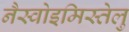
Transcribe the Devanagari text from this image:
नैस्वोइमिस्तेलु